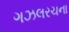
ગઝલરચના